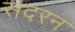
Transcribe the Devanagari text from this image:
सदरन